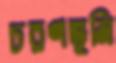
চরণভূমি